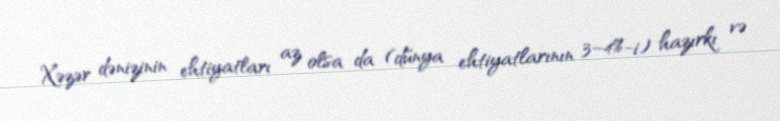
Xəzər dənizinin ehtiyatları az olsa da (dünya ehtiyatlarının 3–4%-i) hazırkı və